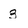
Character: 3